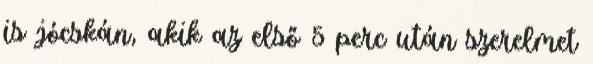
is jócskán, akik az első 5 perc után szerelmet